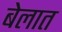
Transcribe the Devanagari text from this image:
बेलात